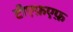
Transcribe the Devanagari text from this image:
टीएफ़एफ़